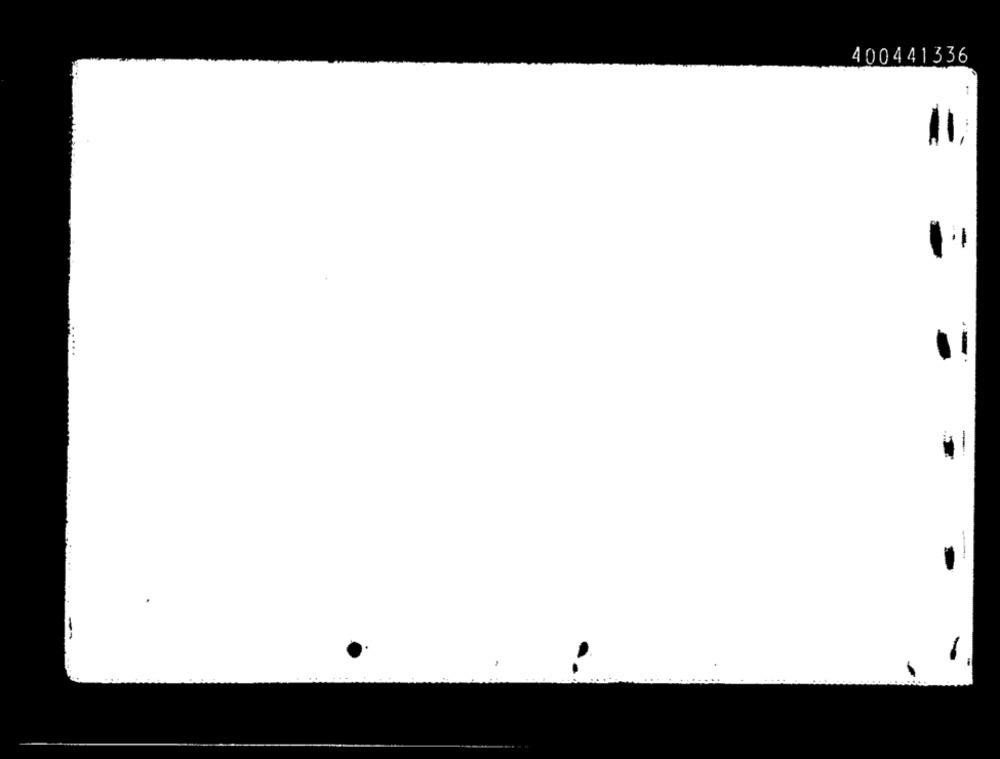
400441336
11.
-
.....